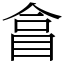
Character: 𥅽